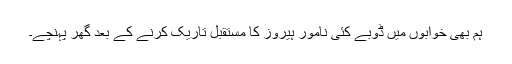
ہم بھی خوابوں میں ڈوبے کئی نامور ہیروز کا مستقبل تاریک کرنے کے بعد گھر پہنچے۔